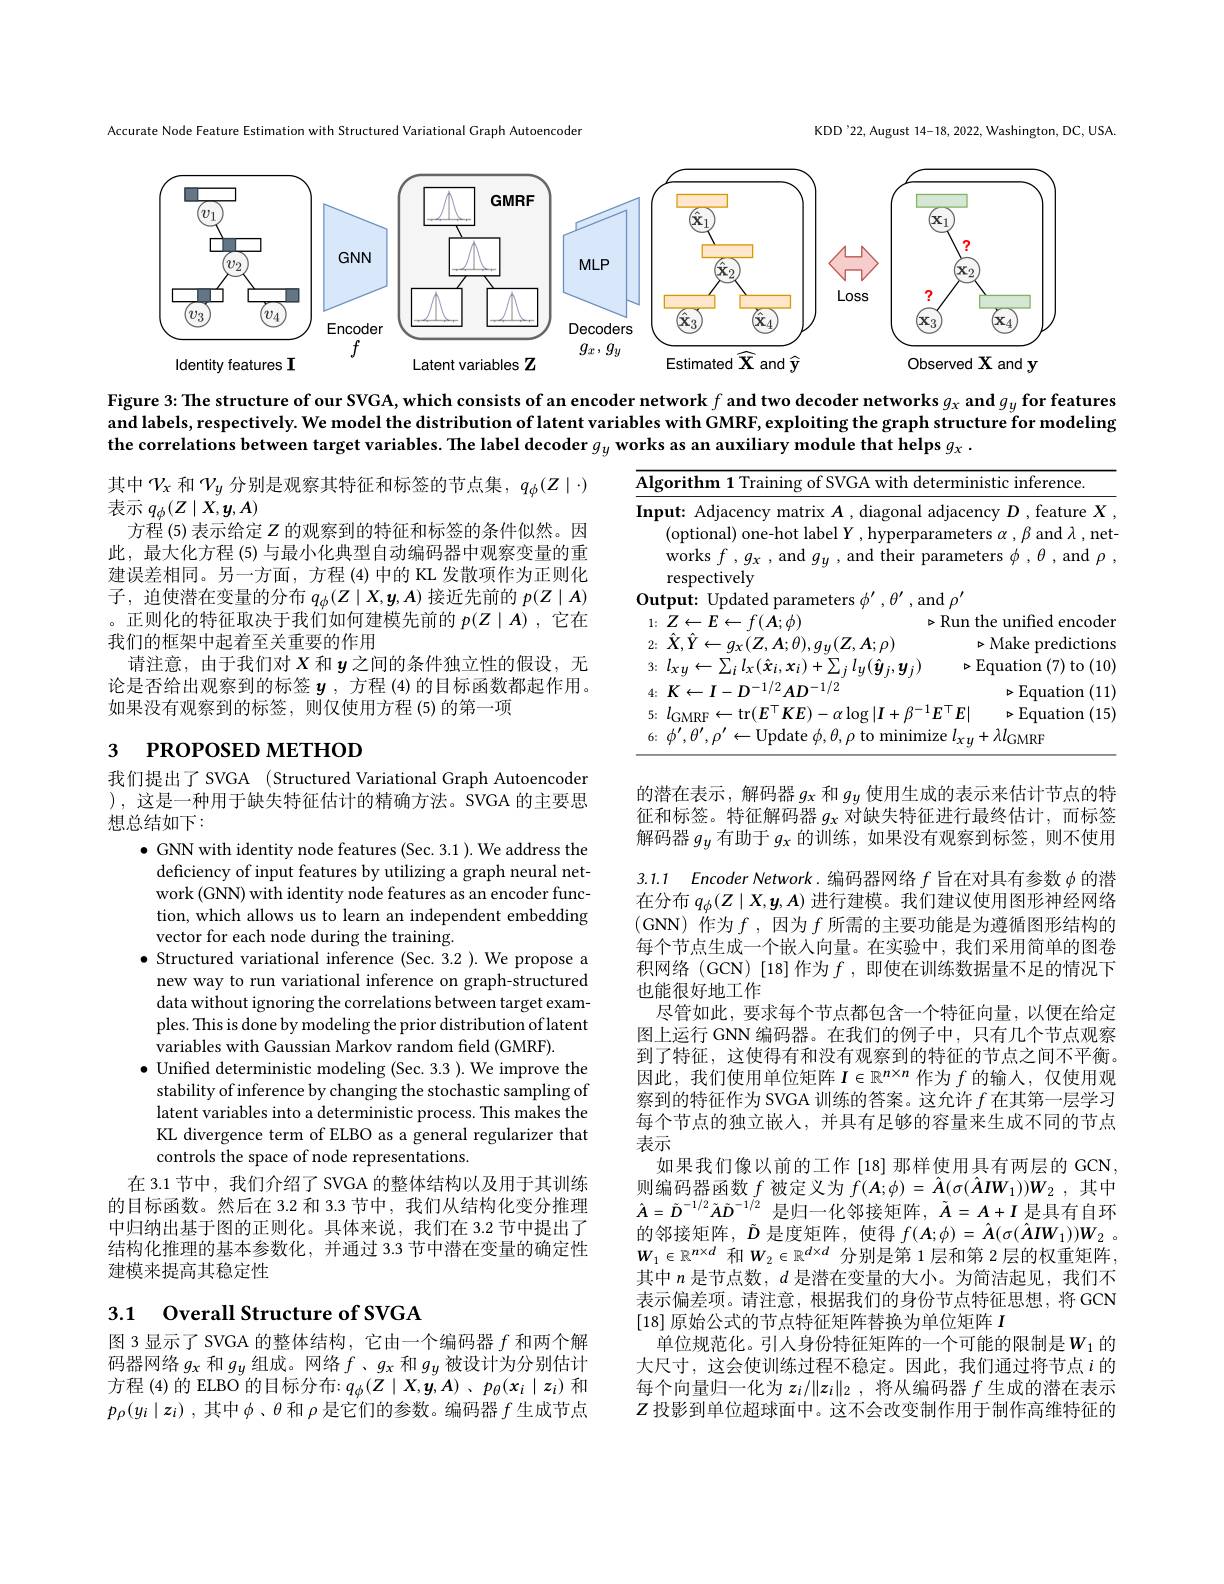
KDD'22, August 14-18, 2022, Washington, DC, USA.

Accurate Node Feature Estimation with Structured Variational Graph Autoencoder

<FigureHere>

Figure 3: The structure of our SVGA, which consists of an encoder network $f$ and two decoder networks $g_x$ and $g_y$ for features and labels, respectively. We model the distribution of latent variables with GMRF, exploiting the graph structure for modeling the correlations between target variables. The label decoder $g_y$ works as an auxiliary module that helps $g_x.$

其中$\mathcal{V}_x$和$\mathcal{V}_y$分别是观察其特征和标签的节点集，$q_\phi(Z\mid\cdot)$
表示$q_\phi(Z\mid X,\boldsymbol{y},A)$
方程 (5) 表示给定$Z$的观察到的特征和标签的条件似然。因此，最大化方程 (5) 与最小化典型自动编码器中观察变量的重建误差相同。另一方面，方程 (4)中的 KL 发散项作为正则化子，迫使潜在变量的分布$q_\phi(Z\mid X,\boldsymbol{y},A)$接近先前的$p(Z\mid A)$ 。正则化的特征取决于我们如何建模先前的$p(Z\mid A)$ ,它在我们的框架中起着至关重要的作用
请注意，由于我们对$X$和$y$之间的条件独立性的假设，无论是否给出观察到的标签$\boldsymbol{y}$, 方程 (4)的目标函数都起作用。如果没有观察到的标签，则仅使用方程(5)的第一项

<table>
	<tbody>
		<tr>
			<td>4:</td>
			<td>4; $K\leftarrow I- D^{- 1/ 2}AD^{- 1/ 2}$</td>
			<td>$\triangleright$Equation (11)</td>
		</tr>
		<tr>
			<td>5:</td>
			<td>5. $l_{\mathrm{GMRF}}$ $\leftarrow$tr$(E^{\mid}KE^{\circ}$ $-\alpha\log|I+\beta$</td>
			<td>$E^{\top}E|$ $\triangleright$Equation (15)</td>
		</tr>
		<tr>
			<td>6:</td>
			<td>$\dot{\eta}^{\prime}$ 11 ATE $.\theta.o$ tc minin</td>
			<td>ze $l_{xy}+\lambda l_{\mathrm{GMRF}}$</td>
		</tr>
	</tbody>
</table>

# 3 РROPOSED МЕТНОD

我们提出了SVGA (Structured Variational Graph Autoencoder ),这是一种用于缺失特征估计的精确方法。SVGA 的主要思想总结如下：
$\bullet$ GNN with identity node features (Sec. 3.1 ). We address the
deficiency of input features by utilizing a graph neural network (GNN) with identity node features as an encoder function, which allows us to learn an independent embedding vector for each node during the training.
$\bullet$ Structured variational inference (Sec.3.2 ).We propose a
new way to run variational inference on graph-structured data without ignoring the correlations between target examples. This is done by modeling the prior distribution of latent variables with Gaussian Markov random field (GMRF)
$\bullet$ Unified deterministic modeling (Sec. 3.3 ). We improve the
stability of inference by changing the stochastic sampling of latent variables into a deterministic process. This makes the KL divergence term of ELBO as a general regularizer that controls the space of node representations.
在 3.1 节中，我们介绍了 SVGA 的整体结构以及用于其训练的目标函数。然后在 3.2 和 3.3 节中，我们从结构化变分推理中归纳出基于图的正则化。具体来说，我们在 3.2 节中提出了结构化推理的基本参数化，并通过 3.3 节中潜在变量的确定性建模来提高其稳定性

的潜在表示，解码器$g_\mathrm{x}$和$g_y$使用生成的表示来估计节点的特征和标签。特征解码器$g_x$对缺失特征进行最终估计，而标签解码器$g_y$有助于$g_x$的训练，如果没有观察到标签，则不使用3.1.1 Encoder Network.编码器网络$f$旨在对具有参数$\phi$的潜在分布$q_\phi(Z\mid X,\boldsymbol{y},\boldsymbol{A})$进行建模。我们建议使用图形神经网络(GNN)作为$f$,因为$f$所需的主要功能是为遵循图形结构的每个节点生成一个嵌入向量。在实验中，我们采用简单的图卷积网络 (GCN) [18]作为$f$ , 即使在训练数据量不足的情况下也能很好地工作
尽管如此，要求每个节点都包含一个特征向量，以便在给定图上运行 GNN 编码器。在我们的例子中，只有几个节点观察到了特征，这使得有和没有观察到的特征的节点之间不平衡。因此，我们使用单位矩阵$I\in\mathbb{R}^n\times n$作为$f$的输人，仅使用观察到的特征作为 SVGA 训练的答案。这允许$f$在其第一层学习每个节点的独立嵌人，并具有足够的容量来生成不同的节点表示
如果我们像以前的工作 [18] 那样使用具有两层的 GCN 则编码器函数$f$被定义为$f(\boldsymbol{A};\phi)=\hat{\boldsymbol{A}}(\sigma(\hat{\boldsymbol{A}}\boldsymbol{I}\boldsymbol{W}_1))\boldsymbol{W}_2$,其中$\hat{A}=\tilde{D}^{-1/2}\tilde{A}\tilde{D}^{-1/2}$ 是归一化邻接矩阵$,\tilde{\tilde{A}}=A+I$ 是具有自环的邻接矩阵，$\tilde{D}$是度矩阵，使得$f( \boldsymbol{A}; \phi ) = \hat{\boldsymbol{A}} ( \sigma ( \hat{\boldsymbol{A}} IW_{1}) ) W_{2}$ . $W_1\in\mathbb{R}^{n\times d}$ 和$W_2\in\mathbb{R}^{d\times d}$ 分别是第 1层和第 2层的权重矩阵， 其中$n$是节点数，$d$是潜在变量的大小。为简洁起见，我们不表示偏差项。请注意，根据我们的身份节点特征思想，将GCN [18]原始公式的节点特征矩阵替换为单位矩阵$I$
单位规范化。引人身份特征矩阵的一个可能的限制是$W_1$ 的大尺寸，这会使训练过程不稳定。因此，我们通过将节点$i$的每个向量归一化为$z_i/\|z_i\|_2$,将从编码器$f$生成的潜在表示$Z$投影到单位超球面中。这不会改变制作用于制作高维特征的

## 3.1 Overall Structure of SVGA

图 3 显示了 SVGA 的整体结构，它由一个编码器$f$和两个解码器网络$g_x$和$g_y$组成。网络$f$ 、$g_x$和$g_y$被设计为分别估计方程 (4)的 ELBO 的目标分布：$q_\phi(Z\mid X,\dot{\boldsymbol{y}},A)$ 、$p_\theta(x_i\mid z_i)$和$p_\rho ( y_i\mid z_i)$ ,其中$\phi$、$\theta$和$\rho$是它们的参数。编码器$f$生成节点